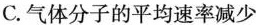
C.气体分子的平均速率减少